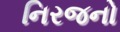
નિરજનો